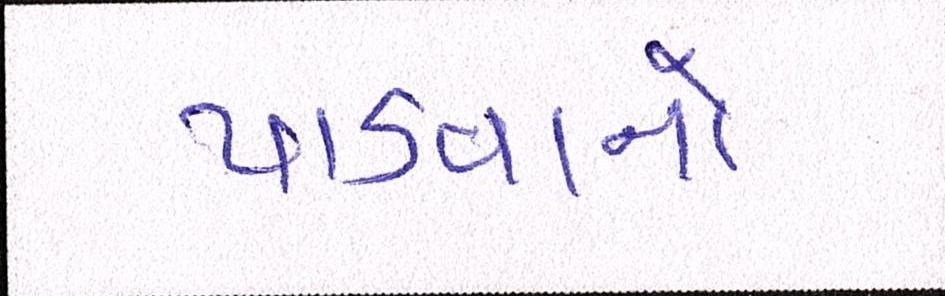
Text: પાડવાનો